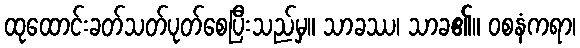
ထုထောင်းခတ်သတ်ပုတ်စေပြီးသည်မှ။ သာခဿ၊ သာခ၏။ ဝစနံကရာ၊